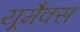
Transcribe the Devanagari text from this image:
यूमैक्स